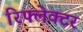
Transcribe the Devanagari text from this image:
रिफ्लेक्‍टर